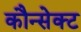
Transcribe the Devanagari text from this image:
कौन्सेक्ट